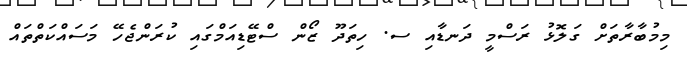
މިމުބާރާތަށް ގަލޮޅު ރަސްމީ ދަނޑާއި ސ. ހިތަދޫ ޒޯން ސްޓޭޑިއަމްގައި ކުރަންޖެހޭ މަސައްކަތްތައް